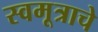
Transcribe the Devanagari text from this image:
स्वमूत्राचे